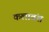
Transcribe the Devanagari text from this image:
कलावंश